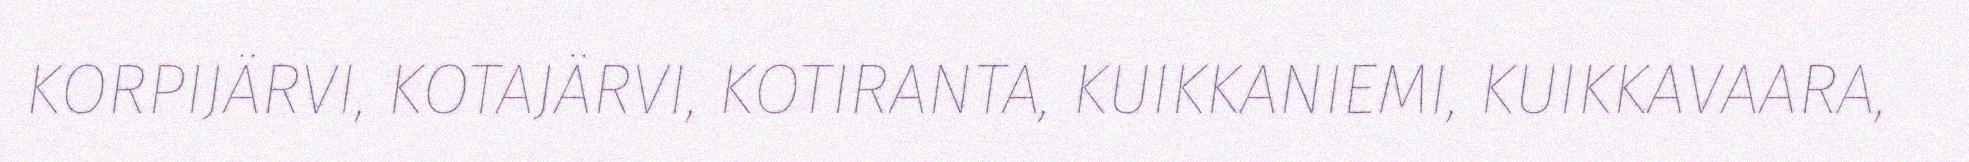
KORPIJÄRVI, KOTAJÄRVI, KOTIRANTA, KUIKKANIEMI, KUIKKAVAARA,